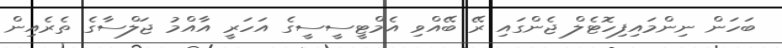
ބަހަން ނިންމައިފިހޮޓެލް ޖެންގައި ރޭ ބޭއްވި އެމްޓީސީސީގެ އަހަރީ އާއްމު ޖަލްސާގެ ތެރެއިން